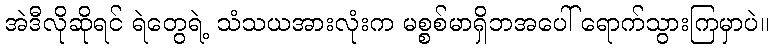
အဲဒီလိုဆိုရင် ရဲတွေရဲ့ သံသယအားလုံးက မစ္စစ်မာရှိဘအပေါ် ရောက်သွားကြမှာပဲ။